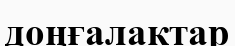
доңғалактар